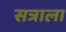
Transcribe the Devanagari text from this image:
सत्राला